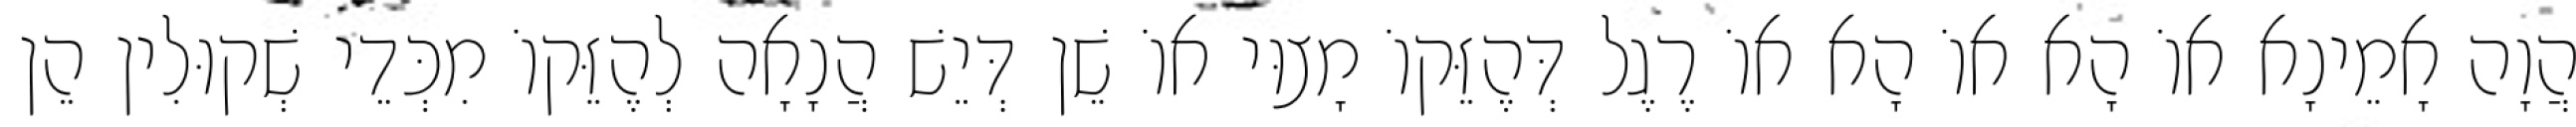
הֲוָה אָמֵינָא אוֹ הָא אוֹ הָא אוֹ רֶגֶל דְּהֶזֵּקוֹ מָצוּי אוֹ שֵׁן דְּיֵשׁ הֲנָאָה לְהֶזֵּקוֹ מִכְּדֵי שְׁקוּלִין הֵן